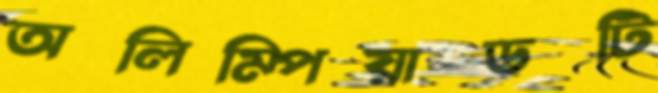
অলিম্পিয়াডটি